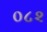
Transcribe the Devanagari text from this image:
०८२